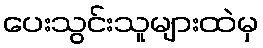
ပေးသွင်းသူများထဲမှ